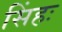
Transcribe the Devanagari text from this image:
सिंहः